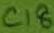
Text: C18